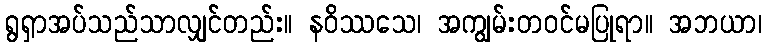
ရွရှာအပ်သည်သာလျှင်တည်း။ နဝိဿသေ၊ အကျွမ်းတဝင်မပြုရာ။ အဘယာ၊